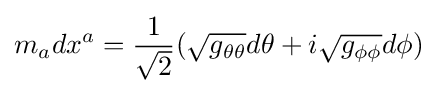
m_{a}dx^{a}={\frac {1}{\sqrt {2}}}({\sqrt {g_{\theta \theta }}}d\theta +i{\sqrt {g_{\phi \phi }}}d\phi )